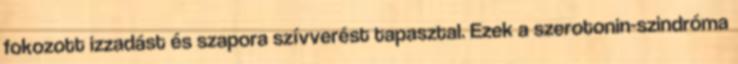
fokozott izzadást és szapora szívverést tapasztal. Ezek a szerotonin-szindróma